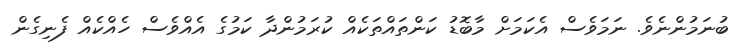
ބުނަމުންނެވެ. ނަމަވެސް އެކަމަށް މާބޮޑު ކަންތައްތަކެއް ކުރަމުންދާ ކަމުގެ އެއްވެސް ހެއްކެއް ފެނިގެން